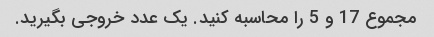
مجموع 17 و 5 را محاسبه کنید. یک عدد خروجی بگیرید.